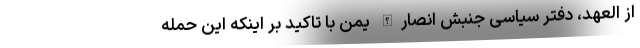
از العهد، دفتر سیاسی جنبش انصارالله یمن با تاکید بر اینکه این حمله